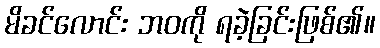
မိခင်လောင်း ဘဝကို ရခဲ့ခြင်းဖြစ်၏။